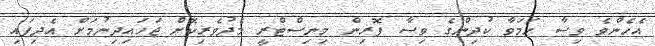
އެހެންވެ ވިސާ ހަމަވާ ކުދިންގެ ވިސާ ފޮރިން މިނިސްޓްރީ މެދުވެރިކޮށް ޖަހައިދިނުމަށް އެދިފައި